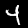
Label: 4